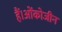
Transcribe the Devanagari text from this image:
हैं।ओंकोजीन